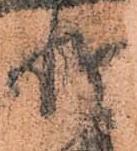
惶